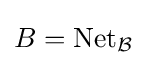
B=\operatorname {Net} _{\mathcal {B}}